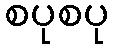
စပုစပု